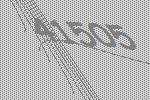
41505